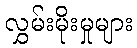
လွှမ်းမိုးမှုများ